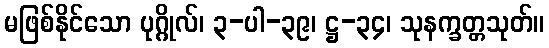
မဖြစ်နိုင်သော ပုဂ္ဂိုလ်၊ ၃-ပါ-၃၉၊ ဋ္ဌ-၃၄၊ သုနက္ခတ္တသုတ်။